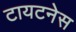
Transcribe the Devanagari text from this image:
टायटनेस